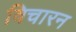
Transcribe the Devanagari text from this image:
विचारन